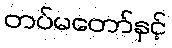
တပ်မတော်နှင့်